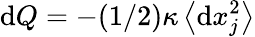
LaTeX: \mathrm{d}Q=-(1/2)\kappa\left<\mathrm{d}x_{j}^{2}\right>